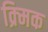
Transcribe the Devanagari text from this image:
क्र्मिक